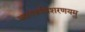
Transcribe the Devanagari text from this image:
बालकविशरणयमु